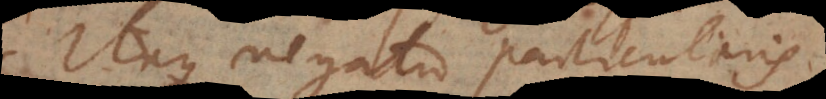
Itaque negatio particular